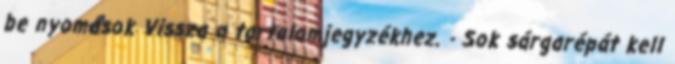
be nyomások Vissza a tartalomjegyzékhez. - Sok sárgarépát kell